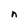
Character: n